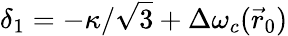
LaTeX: \delta_{1}=-\kappa/\sqrt 3+\Delta\omega_{c}(\vec{r}_{0})